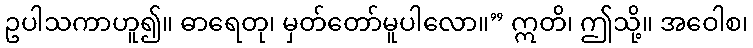
ဥပါသကာဟူ၍။ ဓာရေတု၊ မှတ်တော်မူပါလော။” ဣတိ၊ ဤသို့။ အဝေါစ၊